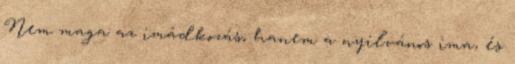
Nem maga az imádkozás, hanem a nyilvános ima, és